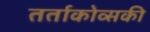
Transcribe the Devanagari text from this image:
तर्ताकोव्सकी